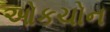
ઓકચોન